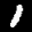
Label: 1